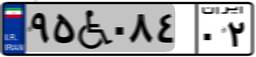
۹۵W۰۸۴۰۲